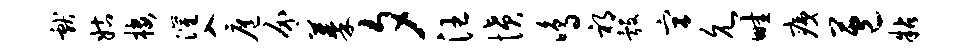
献姑楼灌入扈介蓁夕汪愤鸣祁彀宫允畦痍苞粘